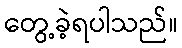
တွေ့ခဲ့ရပါသည်။